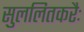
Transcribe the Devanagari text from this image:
सुललितकरैः